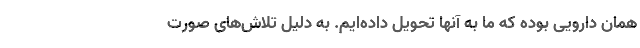
همان دارویی بوده که ما به آنها تحویل داده‌ایم. به دلیل تلاش‌های صورت